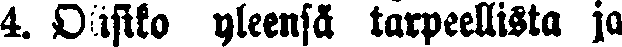
4. Olisiko yleensä tarpeellista ja